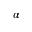
\alpha